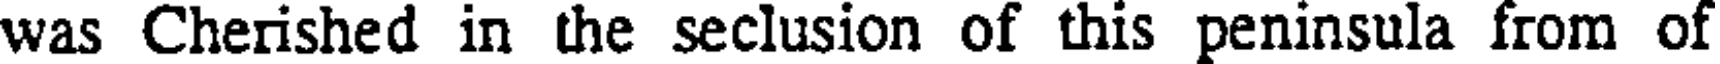
was Cherished in the seclusion of this peninsula from of